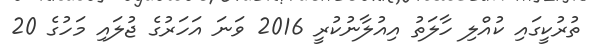
ތުރުކީގައި ކުއްލި ހާލަތު އިއުލާނުކުރީ 2016 ވަނަ އަހަރުގެ ޖުލައި މަހުގެ 20